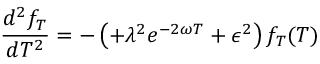
\frac { d ^ { 2 } f _ { T } } { d T ^ { 2 } } = - \left( + \lambda ^ { 2 } e ^ { - 2 \omega T } + \epsilon ^ { 2 } \right) f _ { T } ( T )